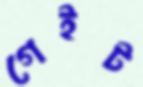
গেইট